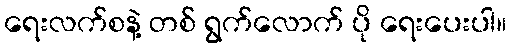
ရေးလက်စနဲ့ တစ် ရွက်လောက် ပို ရေးပေးပါ။